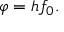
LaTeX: \varphi = h f _ { 0 } .